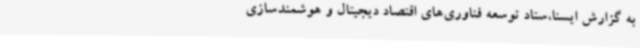
به گزارش ایسنا،ستاد توسعه فناوری‌های اقتصاد دیجیتال و هوشمندسازی